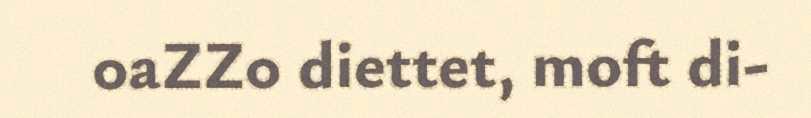
0aZZ0 diettet, moft di-